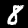
Digit: 8